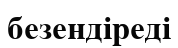
безендіреді